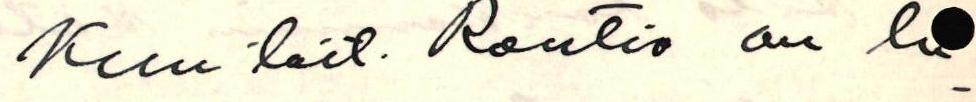
Kun tait. Rautio on lu-